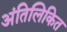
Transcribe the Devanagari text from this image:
अंतिलिकित